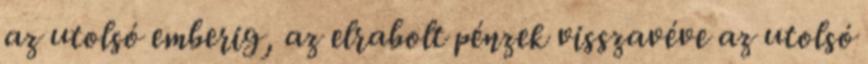
az utolsó emberig, az elrabolt pénzek visszavéve az utolsó